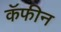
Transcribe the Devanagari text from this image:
कॅफीन